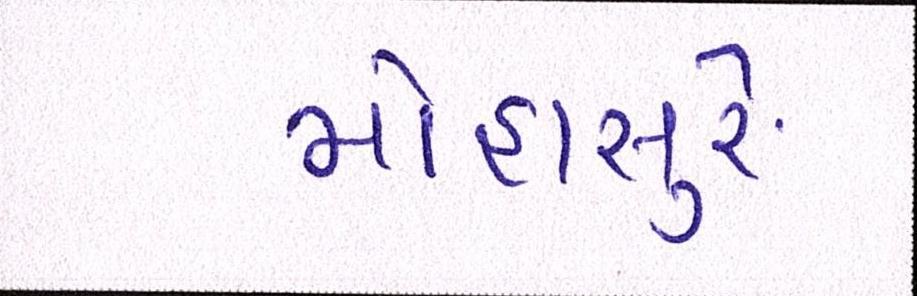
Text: મોહાસુરે